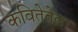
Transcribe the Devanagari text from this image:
कवितेतेला